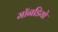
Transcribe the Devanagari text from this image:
मॉनडियो